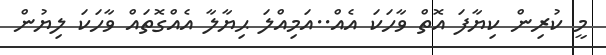
މީ ކުރިން ކިޔާފަ އޮތް ވާހަކަ އެއް..އަމިއްލަ ޙިޔާލާ އެއްގޮތައް ވާހަކަ ލިޔުން